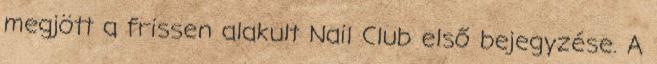
megjött a frissen alakult Nail Club első bejegyzése. A